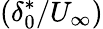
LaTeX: \left({\delta_{0}^{*}}/{U_{\infty}}\right)